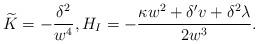
LaTeX: \begin{align*} \widetilde{K}=- \frac{\delta ^{2}}{w^{4}}, H_{I}=-\frac{\kappa w^{2}+\delta ' v+\delta^{2}\lambda}{2w^{3}}. \end{align*}